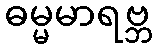
ဓမ္မမာရဗ္ဘ